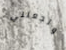
وتجعلني